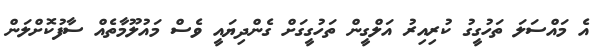
އެ މައްސަލަ ތަހުގީގު ކުރިއިރު އަލްގީން ތަހުގީގަށް ގެންދިޔައީ ވެސް މައުލޫމާތެއް ސާފުކޮށްލަން